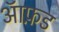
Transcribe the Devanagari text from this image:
आॅफ़ड